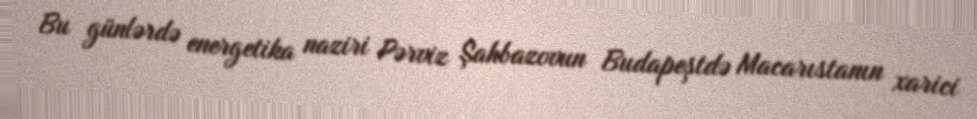
Bu günlərdə energetika naziri Pərviz Şahbazovun Budapeştdə Macarıstanın xarici